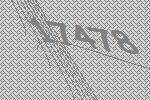
17478